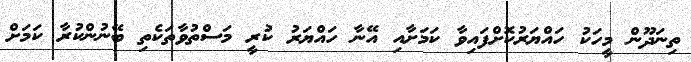
ތިނަދޫން މީހަކު ހައްޔަރުކޮށްފައިވާ ކަމަށާއި އޭނާ ހައްޔަރު ކުރީ މަސްތުވާތަކެތި ބޭނުންކުރާ ކަމަށް